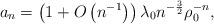
LaTeX: \begin{align*} a_{n} = \left( 1 + O\left( n^{-1} \right) \right) \lambda_{0} {n^{-\frac{3}{2}}\rho_{0}^{-n}} , \end{align*}